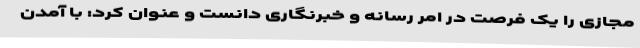
مجازی را یک فرصت در امر رسانه و خبرنگاری دانست و عنوان کرد: با آمدن